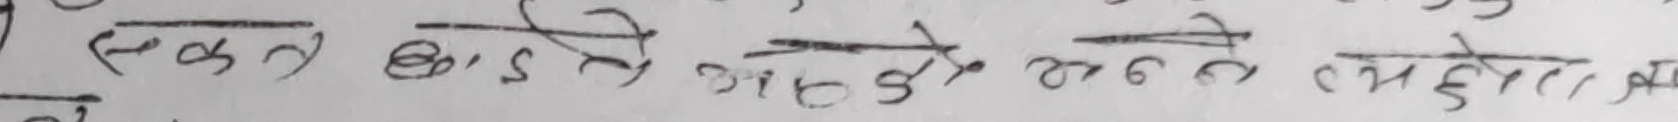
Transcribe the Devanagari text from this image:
एकता बासे आएको भन्ने रमाईलो